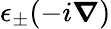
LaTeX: \epsilon_{\pm}(-i\boldsymbol{\nabla})